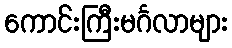
ကောင်းကြီးမင်္ဂလာများ